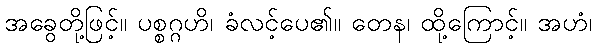
အခွေတို့ဖြင့်။ ပစ္စဂ္ဂဟိ၊ ခံလင့်ပေ၏။ တေန၊ ထို့ကြောင့်။ အဟံ၊